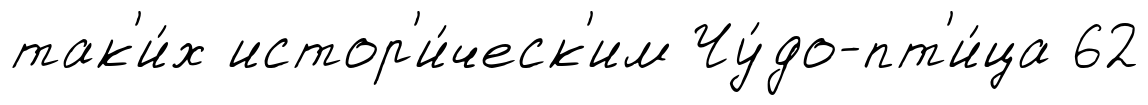
так'и́х истор'и́ческ'им Чу́до-пт'и́ца 62